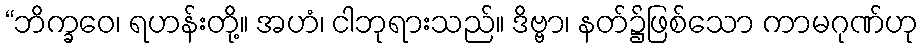
“ဘိက္ခဝေ၊ ရဟန်းတို့။ အဟံ၊ ငါဘုရားသည်။ ဒိဗ္ဗာ၊ နတ်၌ဖြစ်သော ကာမဂုဏ်ဟု